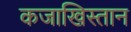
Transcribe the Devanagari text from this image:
कजाखिस्तान